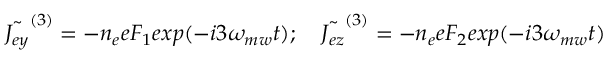
\tilde { J _ { e y } } ^ { ( 3 ) } = - n _ { e } e F _ { 1 } e x p ( - i 3 \omega _ { m w } t ) ; \quad \tilde { J _ { e z } } ^ { ( 3 ) } = - n _ { e } e F _ { 2 } e x p ( - i 3 \omega _ { m w } t )